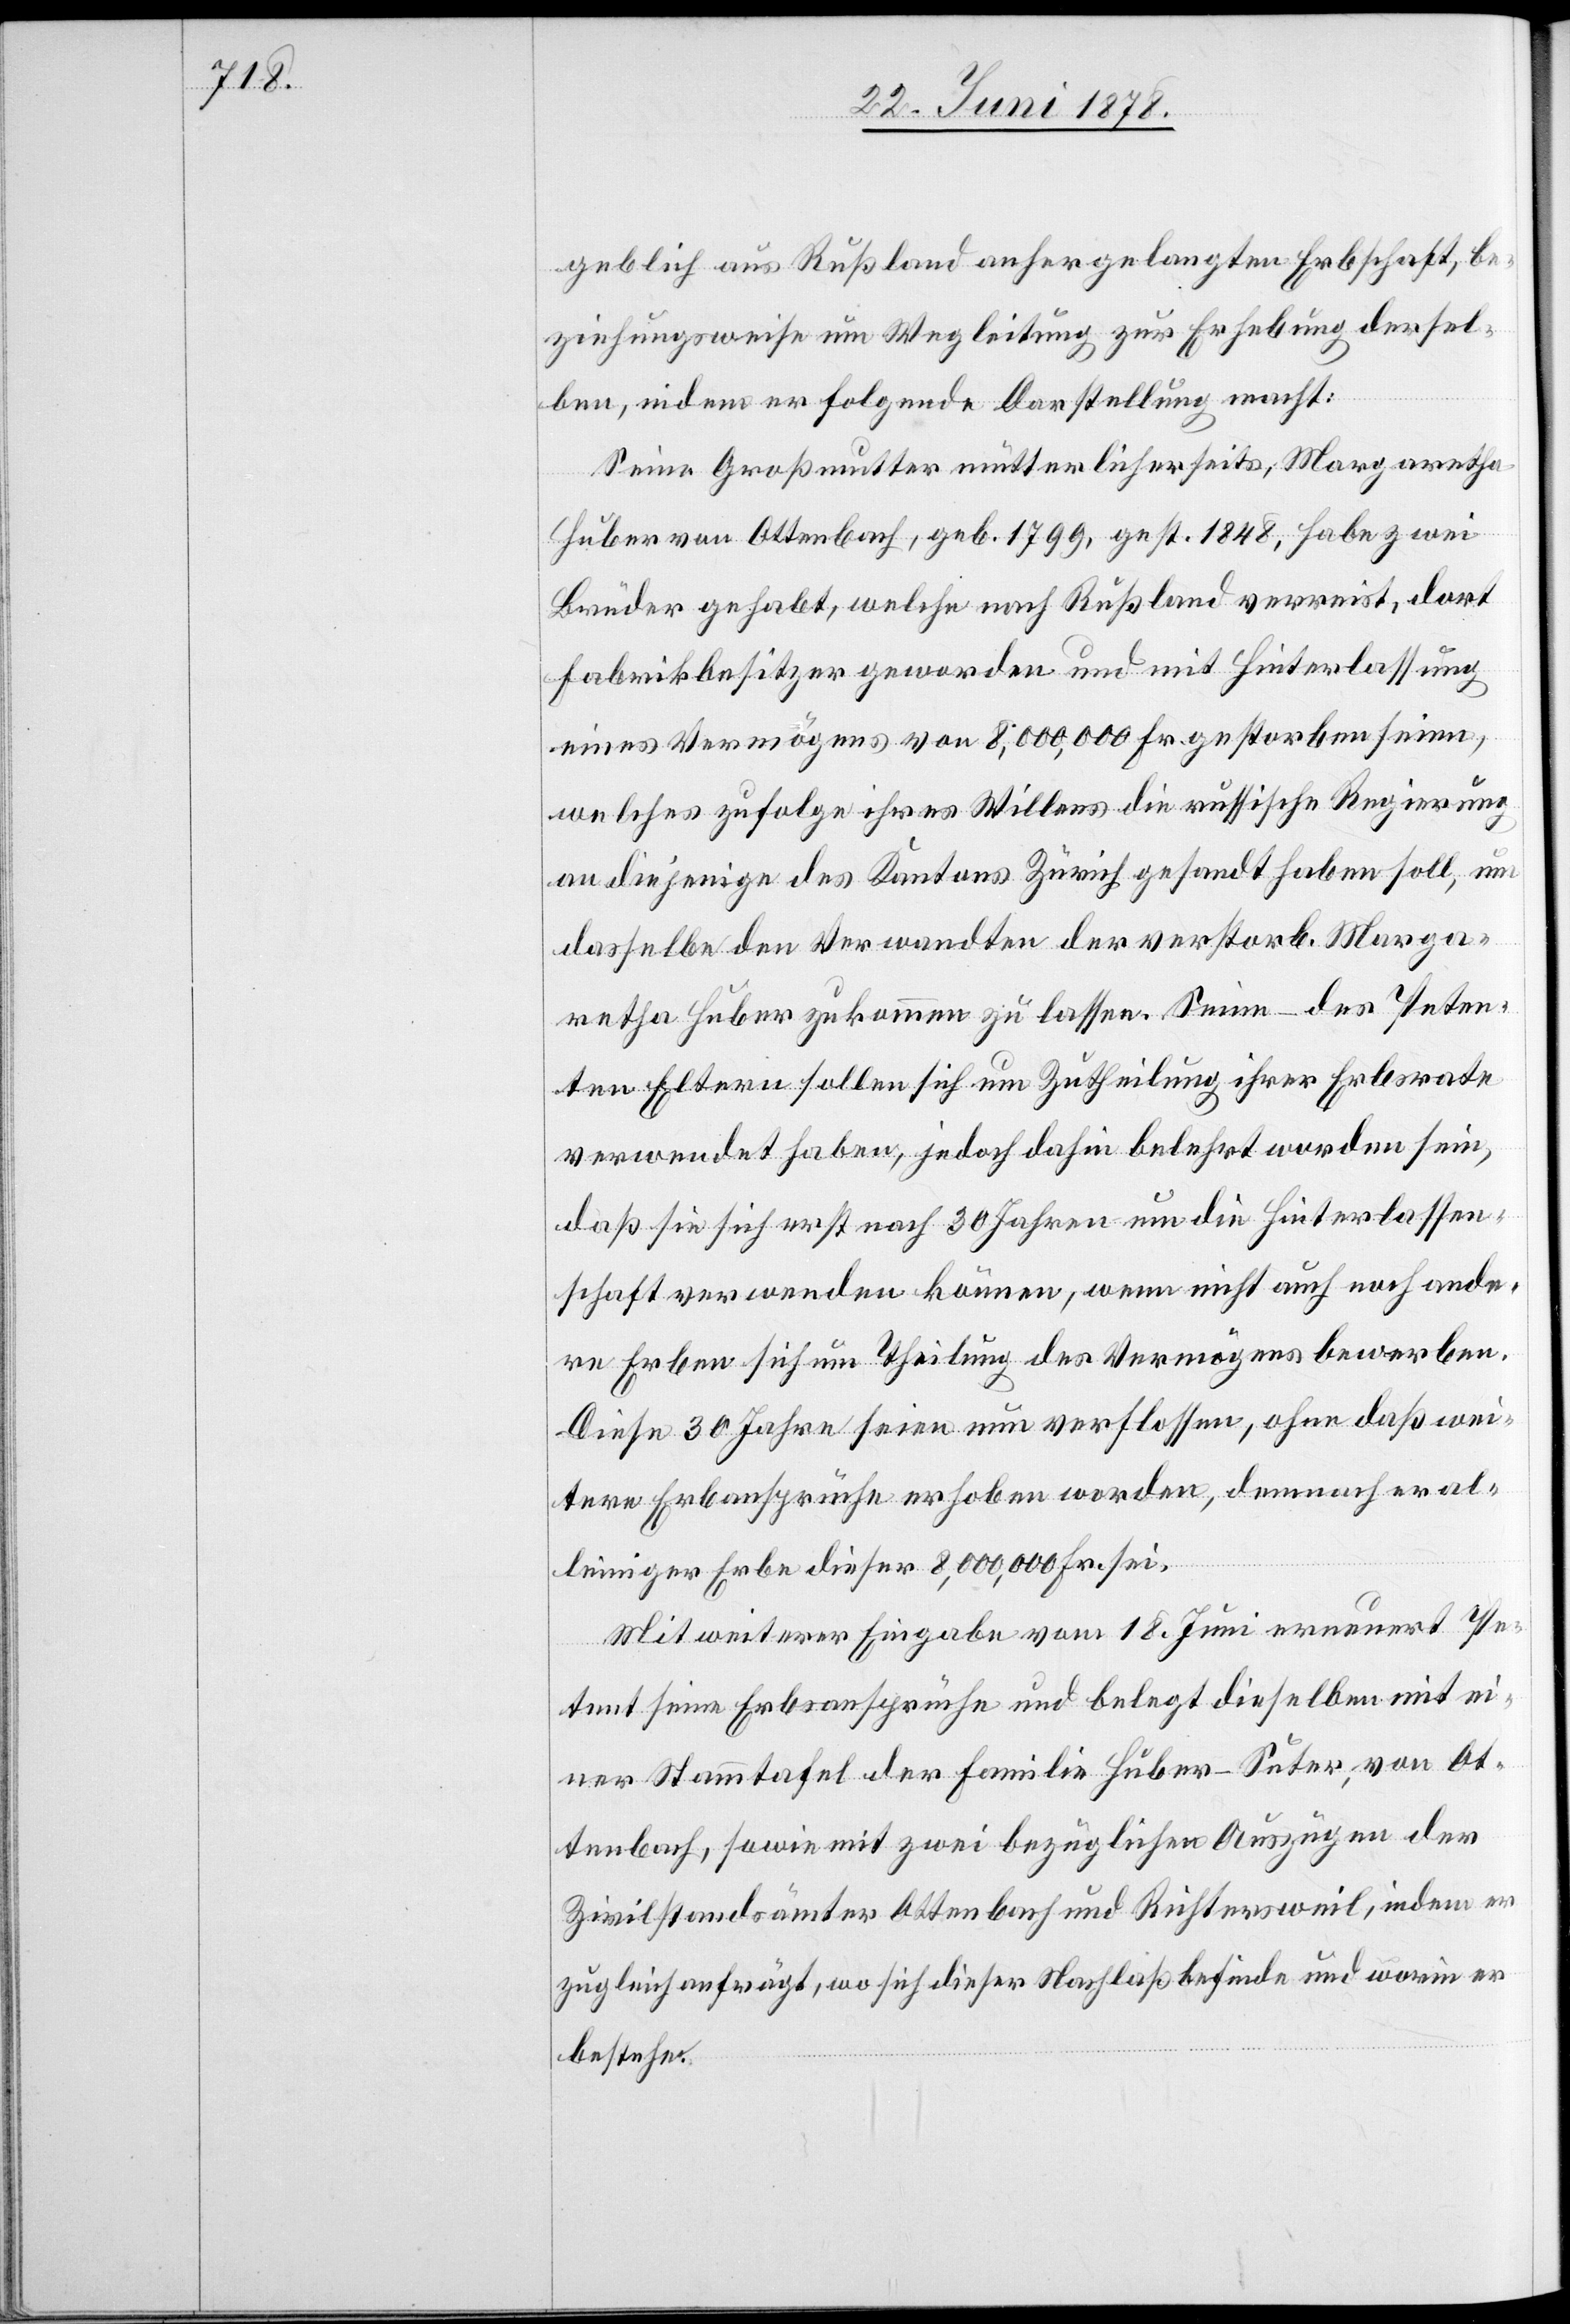
geblich aus Rußland anhergelangten Erbschaft, be¬
ziehungsweise um Wegleitung zur Erhebung dersel¬
ben, indem er folgende Darstellung macht:
Seine Großmutter mütterlicherseits, Margaretha
Huber von Ottenbach, geb. 1799, gest. 1848, habe zwei
Brüder gehabt, welche nach Rußland verreist, dort
Fabrikbesitzer geworden und mit Hinterlassung
eines Vermögens von 8,000,000 Fr. gestorben seien,
welches zufolge ihres Willens die russische Regierung
an diejenige des Kantons Zürich gesandt haben soll, um
dasselbe den Verwandten der verstorb. Marga¬
retha Huber zukommen zu lassen. Seine – des Peten¬
ten Eltern sollen sich um Zutheilung ihrer Erbsrate
verwendet haben, jedoch dahin belehrt worden sein,
daß sie sich erst nach 30 Jahren um die Hinterlassen¬
schaft verwenden können, wenn nicht auch noch ande¬
re Erben sich um Theilung des Vermögens bewerben.
Diese 30 Jahre seien nun verflossen, ohne daß wei¬
tere Erbansprüche erhoben worden, demnach er al¬
leiniger Erbe dieser 8,000,000 Fr. sei.
Mit weiterer Eingabe vom 18. Juni erneuert Pe¬
tent seine Erbsansprüche und belegt dieselben mit ei¬
ner Stammtafel der Familie Huber-Suter, von Ot¬
tenbach, sowie mit zwei bezüglichen Auszügen der
Zivilstandsämter Ottenbach und Richtersweil, indem er
zugleich anfrägt, wo sich dieser Nachlaß befinde und worin er
bestehe.